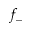
f _ { - }